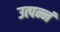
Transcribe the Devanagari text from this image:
उत्पन्नं